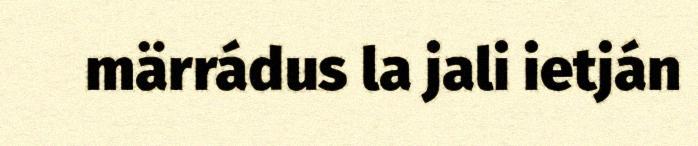
märrádus la jali ietján